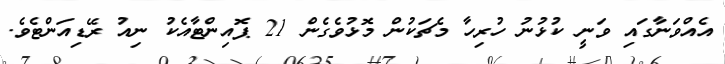
އެއްވަނާގައި ވަނީ ކުޅުނު ހުރިހާ މެޗަކުން މޮޅުވެގެން 21 ޕޮއިންޓާއެކު ނިއު ރޭޑިއަންޓެވެ.